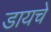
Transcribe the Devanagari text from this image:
डायचे